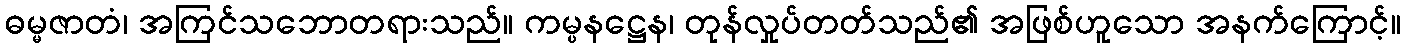
ဓမ္မဇာတံ၊ အကြင်သဘောတရားသည်။ ကမ္ပနဋ္ဌေန၊ တုန်လှုပ်တတ်သည်၏ အဖြစ်ဟူသော အနက်ကြောင့်။